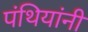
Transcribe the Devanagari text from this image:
पंथियांनी